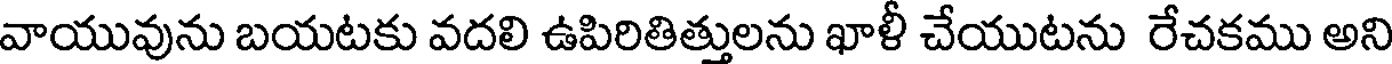
వాయువును బయటకు వదలి ఉపిరితిత్తులను ఖాళీ చేయుటను రేచకము అని